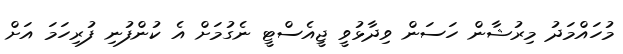
މުހައްމަދު މިރުޝާން ހަސަން ވިދާޅުވީ ޖީއެސްޓީ ނެގުމަށް އެ ކުންފުނި ފުރިހަމަ އަށް